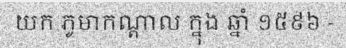
យក ភូមាកណ្តាល ក្នុង ឆ្នាំ ១៥៩៦ -